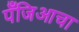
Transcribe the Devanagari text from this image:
पँजिआचा